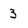
Character: 3